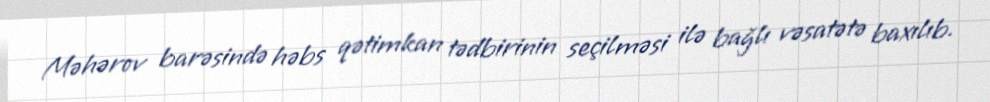
Məhərov barəsində həbs qətimkan tədbirinin seçilməsi ilə bağlı vəsatətə baxılıb.